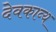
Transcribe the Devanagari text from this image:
देवकाव्य